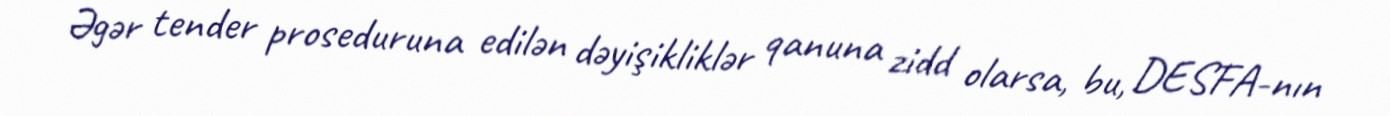
Əgər tender proseduruna edilən dəyişikliklər qanuna zidd olarsa, bu, DESFA-nın